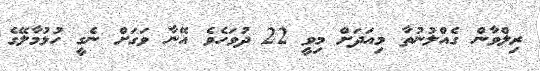
ރިލްވާން ގެއްލުނުތާ މިއަދަށް މިވީ 22 ދުވަހެވެ އޭނާ ވަގަށް ނެގީ ހުޅުމާލޭގެ